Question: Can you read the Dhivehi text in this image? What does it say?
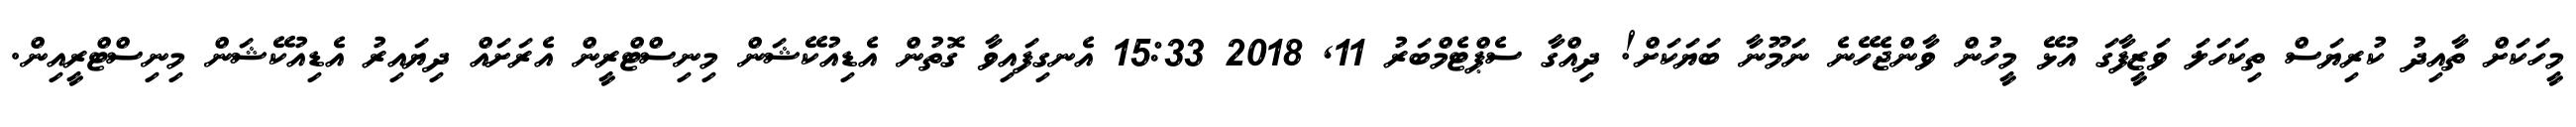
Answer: މީހަކަށް ތާއިދު ކުރިޔަސް ތިކަހަލަ ވަޒީފާގަ އުޅޭ މީހުން ވާންޖެހޭނެ ނަމޫނާ ބަޔަކަށް! ދިއްގާ ސެޕްޓެމްބަރު 11, 2018 15:33 އެނގިފައިވާ ގޮތުން އެޑިއުކޭޝަން މިނިސްޓްރީން އެރަށައް ދިޔައިރު އެޑިއުކޭޝަން މިނިސްޓްރީއިން.